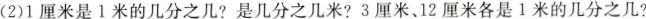
(2)1厘米是1米的几分之几?是几分之几米?3厘米、12厘米各是1米的几分之几?